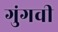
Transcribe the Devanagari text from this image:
गुंगवी